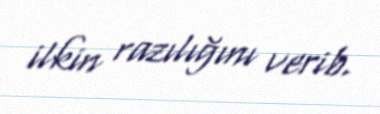
ilkin razılığını verib.